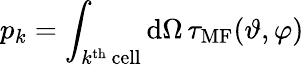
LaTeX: p_{k}=\int_{k^{\mathrm{th}}\, \mathrm{cell}}\mathrm{d}\Omega\, \tau_{\mathrm{MF}}(\vartheta,\varphi)